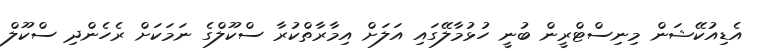
އެޑިއުކޭޝަން މިނިސްޓްރީން ބުނީ ހުޅުމާލޭގައި އަލަށް އިމާރާތްކުރާ ސްކޫލްގެ ނަމަކަށް ރެހެންދި ސްކޫލް